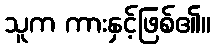
သူက ကားနှင့်ဖြစ်၏။